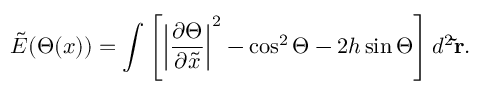
\tilde { E } ( \Theta ( x ) ) = \int \left[ \left| \frac { \partial \Theta } { \partial \tilde { x } } \right| ^ { 2 } - \cos ^ { 2 } \Theta - 2 h \sin \Theta \right] d ^ { 2 } \mathbf { \tilde { r } } .